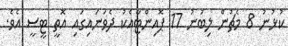
ކުޅުނު 8 މެޗުން ލިބުނު 17 ޕޮއިންޓާއެކު ދެވަނައިގައި އޮތީ ޓީސީ އެވެ.